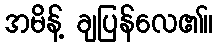
အမိန့် ချပြန်လေ၏။